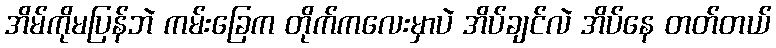
အိမ်ကိုမပြန်ဘဲ ကမ်းခြေက တိုက်ကလေးမှာပဲ အိပ်ချင်လဲ အိပ်နေ တတ်တယ်